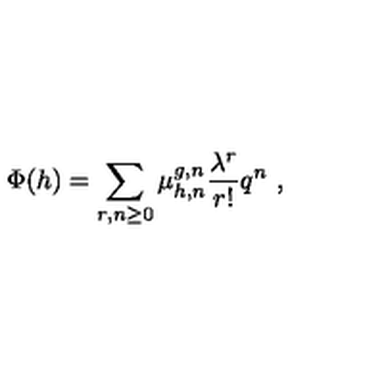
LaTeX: \Phi ( h ) = \sum _ { r , n \geq 0 } \mu _ { h , n } ^ { g , n } \frac { \lambda ^ { r } } { r ! } q ^ { n } \ ,